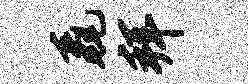
毳拜